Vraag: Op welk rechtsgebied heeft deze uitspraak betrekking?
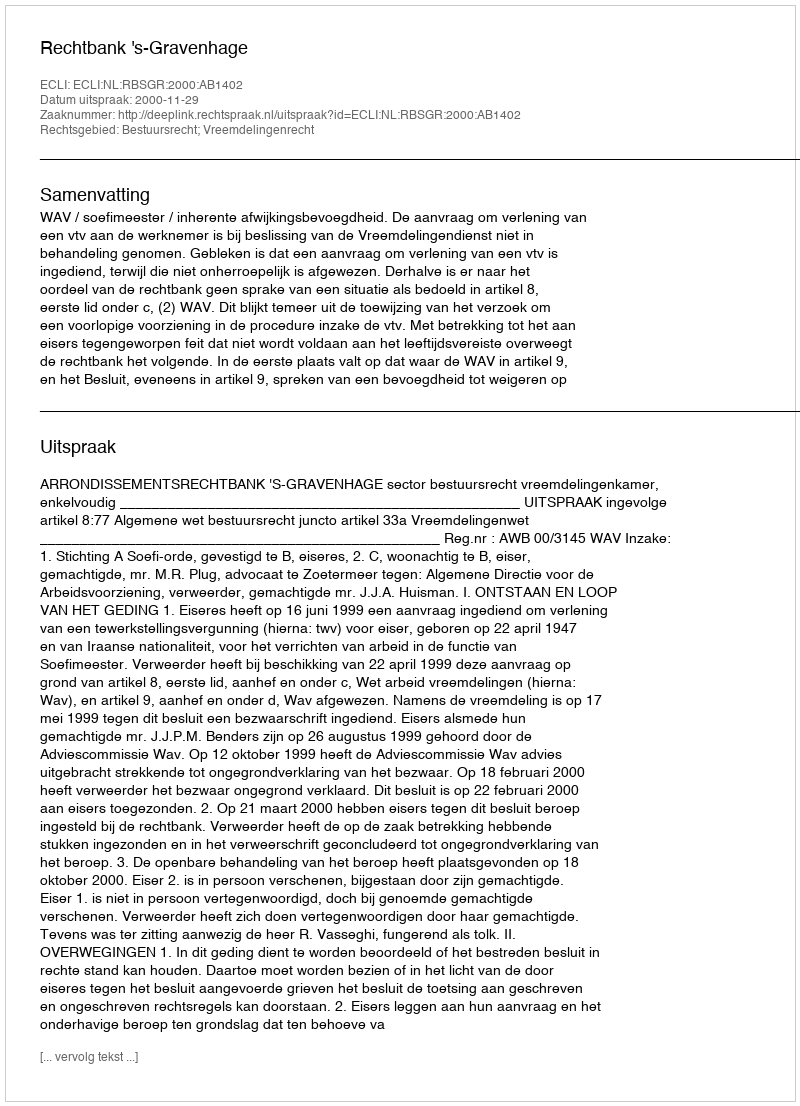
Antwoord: Bestuursrecht; Vreemdelingenrecht